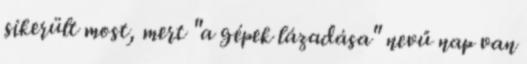
sikerült most, mert "a gépek lázadása" nevű nap van